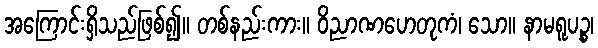
အကြောင်းရှိသည်ဖြစ်၍။ တစ်နည်းကား။ ဝိညာဏဟေတုကံ၊ သော။ နာမရူပဉ္စ၊